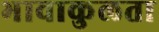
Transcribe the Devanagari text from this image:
भावाकुलता